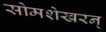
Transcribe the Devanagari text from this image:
सोमशेखरन्